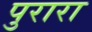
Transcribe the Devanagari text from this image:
पुरारा